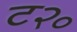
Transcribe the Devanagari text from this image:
ट२०